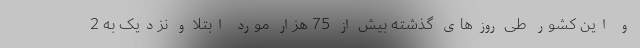
و این کشور طی روزهای گذشته بیش از 75 هزار مورد ابتلا و نزدیک به 2